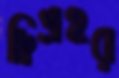
দ্বিপ্রহর